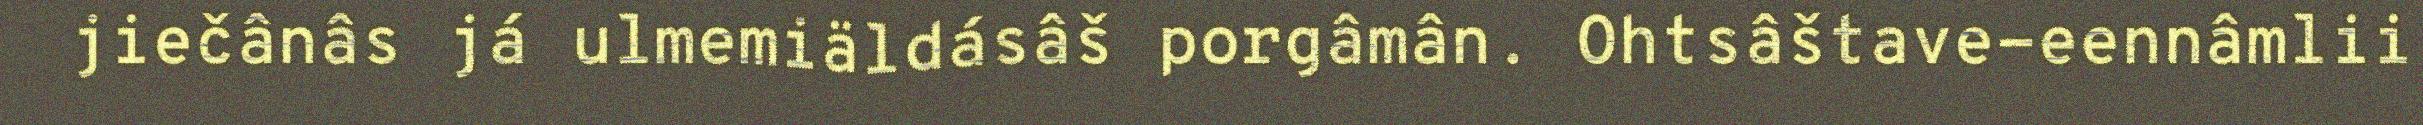
jiečânâs já ulmemiäldásâš porgâmân. Ohtsâštave-eennâmlii